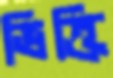
ভিক্তি